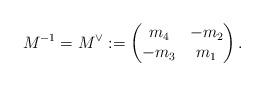
LaTeX: \begin{align*}M^{-1}= M^{\vee}:=\begin{pmatrix}m_4& -m_2 \\-m_3 & m_1\end{pmatrix}.\end{align*}